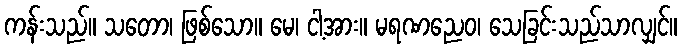
ကန်းသည်။ သတော၊ ဖြစ်သော။ မေ၊ ငါ့အား။ မရဏညေဝ၊ သေခြင်းသည်သာလျှင်။